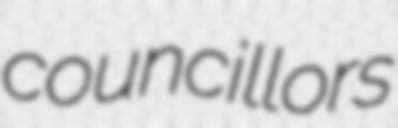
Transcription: councillors